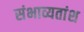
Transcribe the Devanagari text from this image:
संभाव्यतांश